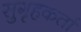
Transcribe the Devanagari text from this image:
सुगृहकर्ता